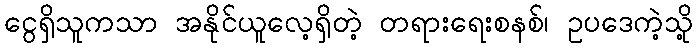
ငွေရှိသူကသာ အနိုင်ယူလေ့ရှိတဲ့ တရားရေးစနစ်၊ ဥပဒေကဲ့သို့